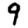
Digit: 9